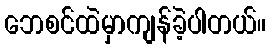
ဘေစင်ထဲမှာကျန်ခဲ့ပါတယ်။